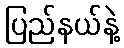
ပြည်နယ်နဲ့